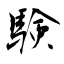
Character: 験